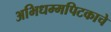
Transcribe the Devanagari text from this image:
अभिधम्मपिटकाचे